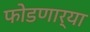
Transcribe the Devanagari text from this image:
फोडणार्‍या